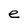
Character: e